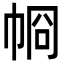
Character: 𢂶